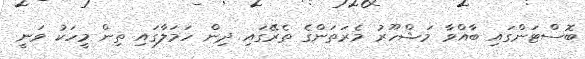
ބޮސްޓަންގައި ބާއްވާ މަޝްހޫރު މެރަތަންގެ ތެރޭގައި ދިން ހަމަލާގައި ތިން މީހަކު ވަނީ